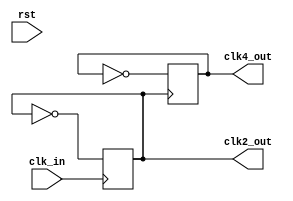
module divide_frequency(rst,clk_in,clk2_out,clk4_out);
	input rst,clk_in;
	output reg clk2_out,clk4_out;
	
	always@(posedge clk_in) begin
		if(rst) clk2_out <= 0;
		clk2_out <= ~clk2_out;
	end
	
	always@(posedge clk2_out) begin
		if(rst) clk4_out <= 0;
		clk4_out <= ~clk4_out;
	end


endmodule